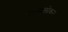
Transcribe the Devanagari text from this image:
गतावलोकन